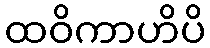
ထဝိကာဟိပိ